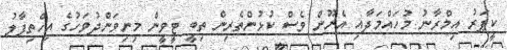
ކީޕަރު އިމްރާނު މުހައްމަދާއި އެނޫން ވެސް ކުޅުންތެރިން ތިބީ ޓީވީން މިނިވަންދުވަހުގެ އިހްތިފާލު